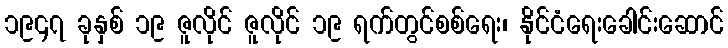
၁၉၄၇ ခုနှစ် ၁၉ ဇူလိုင် ဇူလိုင် ၁၉ ရက်တွင်စစ်ရေး၊ နိုင်ငံရေးခေါင်းဆောင်